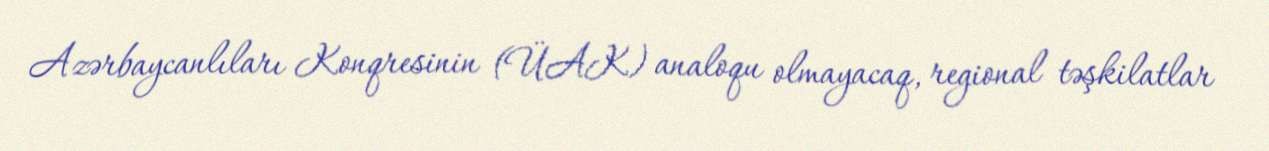
Azərbaycanlıları Konqresinin (ÜAK) analoqu olmayacaq, regional təşkilatlar